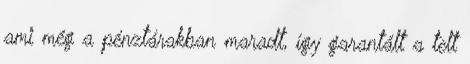
ami még a pénztárakban maradt, így garantált a telt